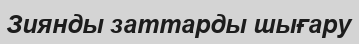
Зиянды заттарды шығару